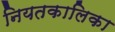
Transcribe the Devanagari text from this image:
नियतकालिका